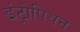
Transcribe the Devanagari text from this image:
इंट्रोपियन